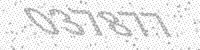
Solution: 037877